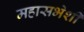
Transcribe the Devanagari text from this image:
महासभेशी